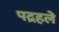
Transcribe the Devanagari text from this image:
पद्रहले